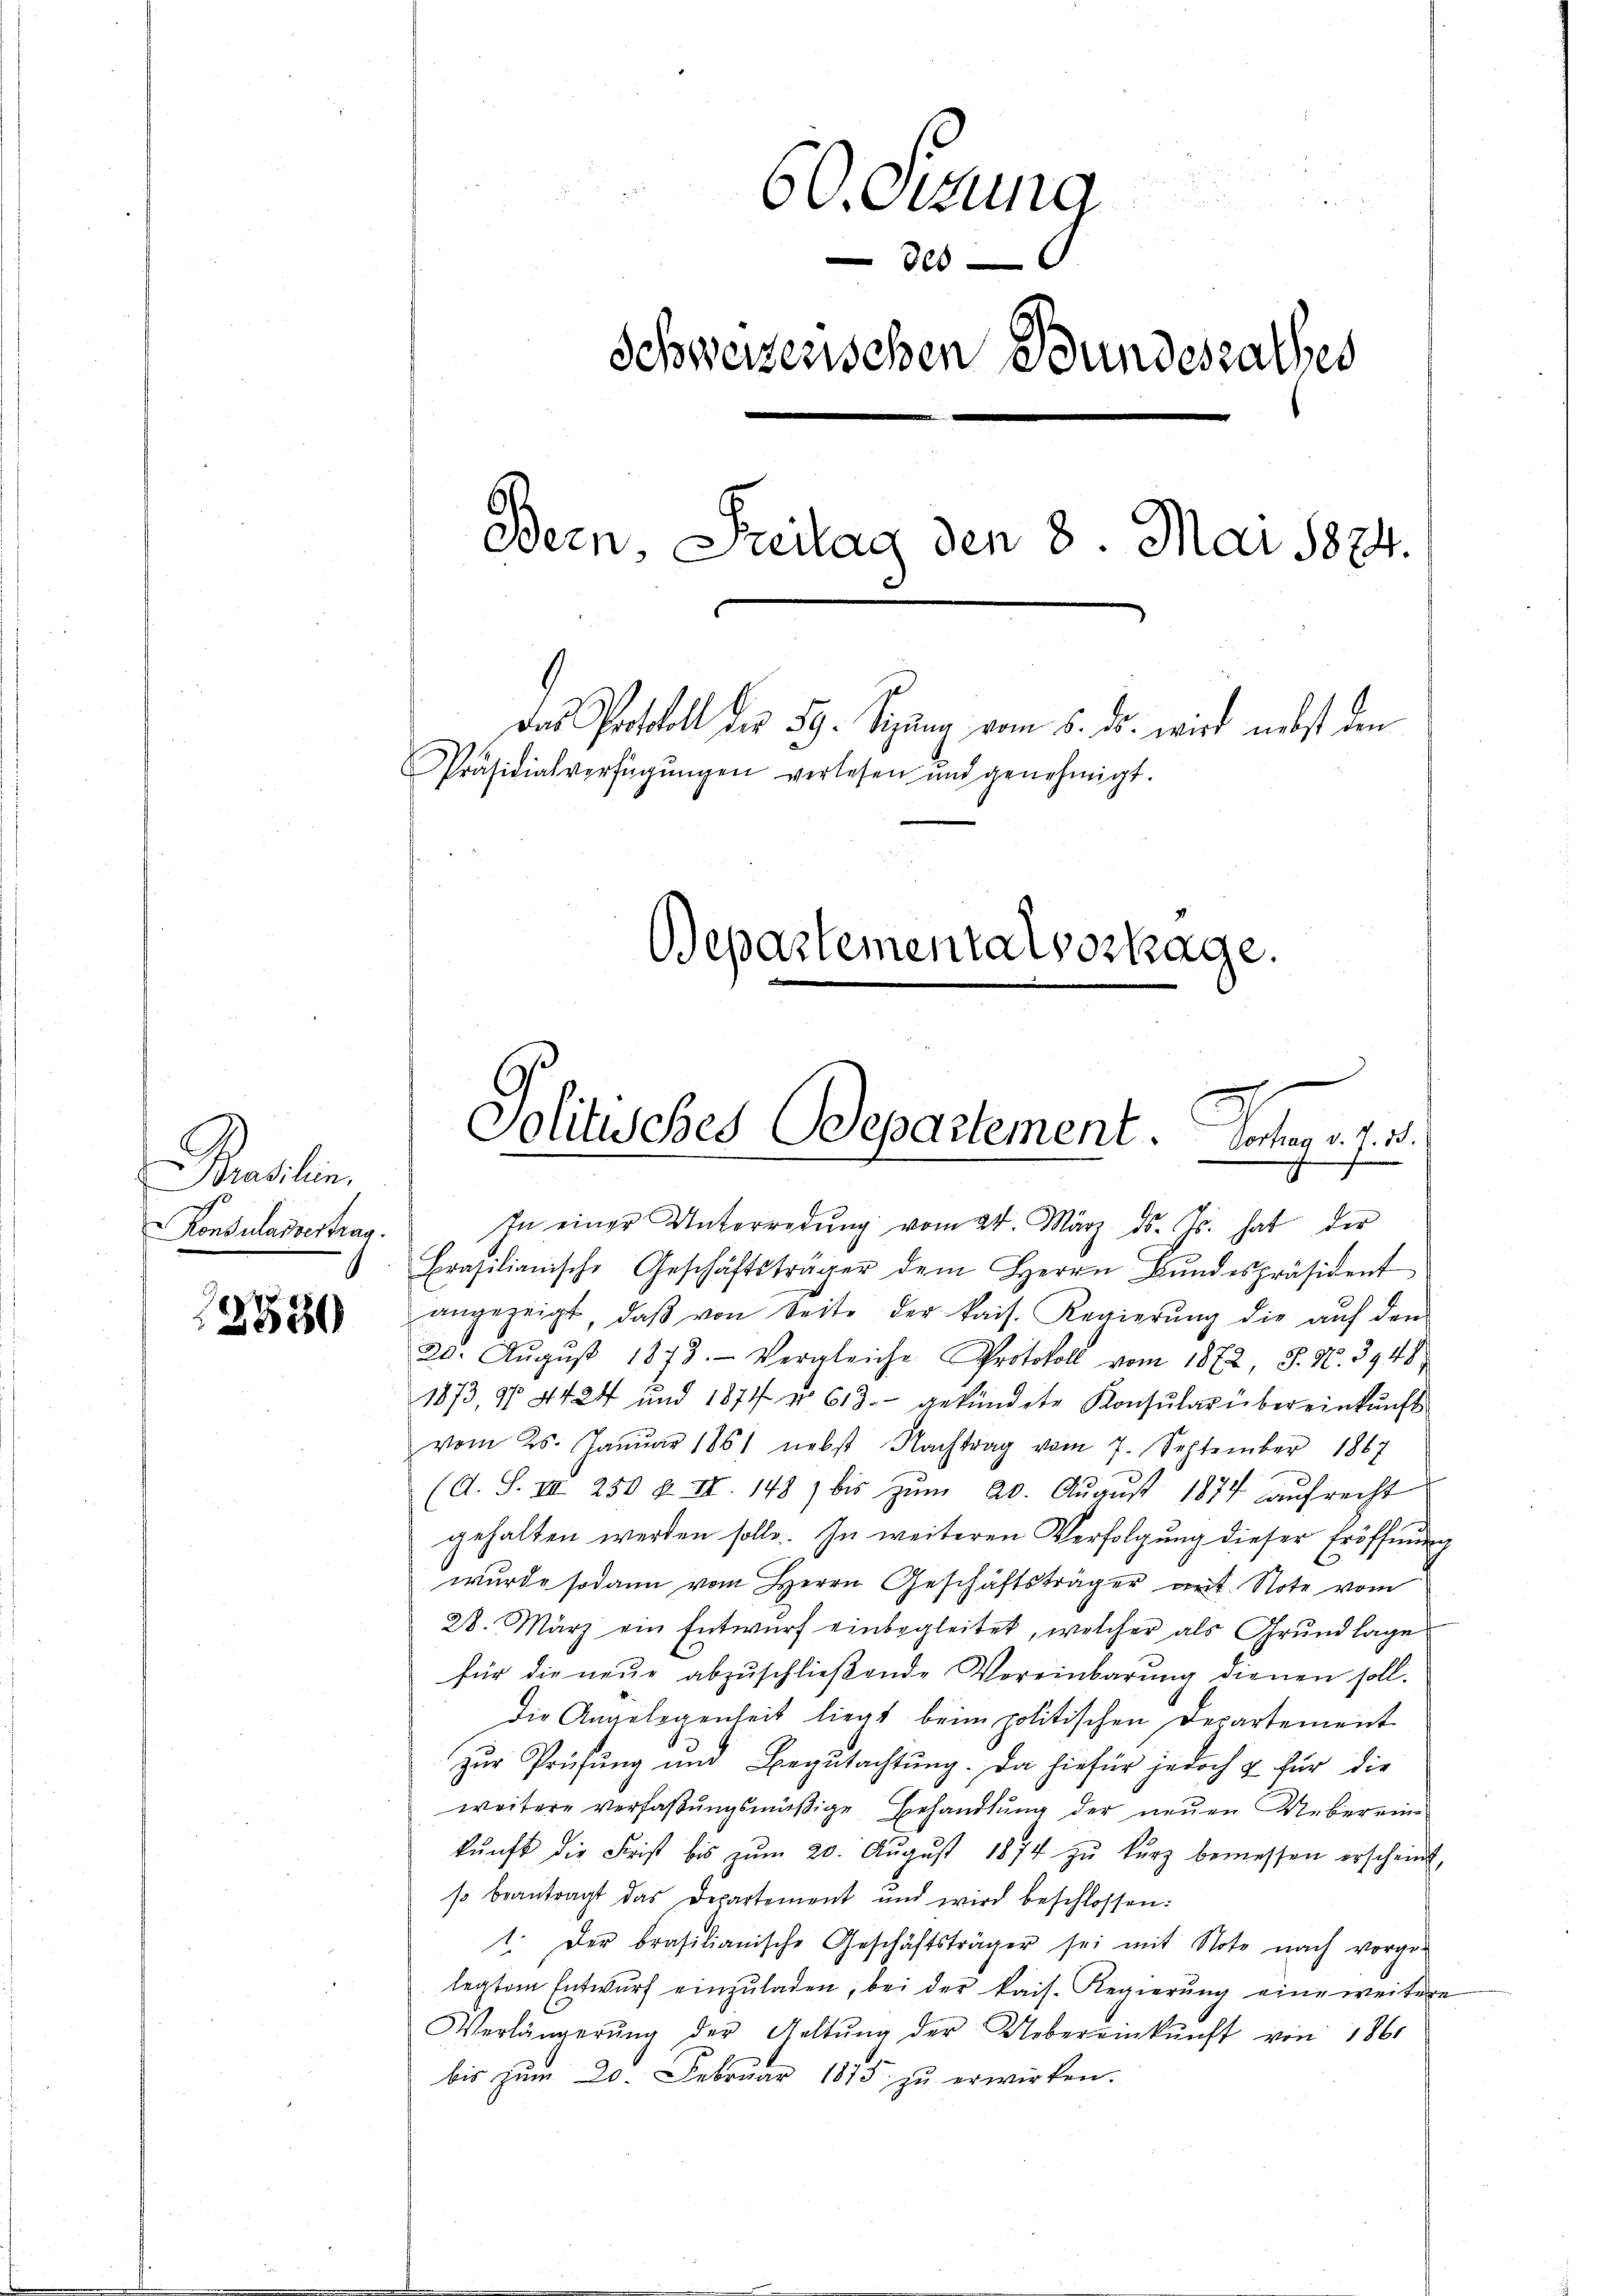
Renten
Konsulassertrag.

2530

60. Sitzung
0
Schweizerischen Bundesrathes
Bern, Freitag den 3. Mai 1874.
das Protokoll der 59. Sigung vom 5. ds. wird nebst den
Präsidialverfügŭngen verlesen und genehmigt.
Departementalvertage.

In einer Unterredung vom 24. März d. Js. hat der
Brasilianische Geschäftsträger dem Herrn Bŭndespräsident
angezeigt, daβ von Seite der kais. Regierŭng die auf den
20. Aŭgŭst 1873. Vergleiche Protokoll vom 1872, S. Nr. 3948
1873, § 4424 und 1874 n 613. gekündete Konsŭlar übereinkunft
vom 25. Janŭar 1861 nebst Nachtrag vom 7. September 1867
(A. S. II 250 u. II 1487 bis zŭm 20. Aŭgŭst 1874 aŭfrecht
gehalten werden solle. In weiteren Verfolgung dieser Eröffnung
wurde sodann vom Herrn Geschäftsträger mit Note vom
28. März ein Entwŭrf einbegleitet, welcher als Grundlage
für die neŭe abzŭschlieβende Vereinbarŭng dienen soll.
Die Angelegenheit liegt beim politischen Departement
zur Prüfung und Begutachtung. Da hiefür jedoch & für die
weitere verfaßungsmäßige Behandlung der neuen Ueber eine
kŭnft die Frist bis zŭm 20. Aŭgŭst 1874 zŭ kŭrz bemessen erscheint,
so beantragt das Departement und wird beschlossen:
1. Der brasilianische Geschäftsträger sei mit Note nach vorge-
legtem Entwurf einzŭladen, bei der kais. Regierung eine weitere
Verlängerŭng der Geltŭng der Uebereinkunft von 1861
bis zum 20. Februar 1873 zu erwirken.

Politisches Departement. Sorten d. d. 3.